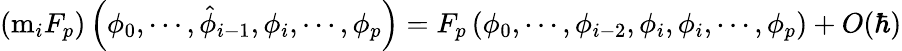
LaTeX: \left(\mathrm{m}_{i}F_{p}\right)\left(\phi_{0},\cdots,\hat{\phi}_{i-1},\phi_{i},\cdots,\phi_{p}\right)=F_{p}\left(\phi_{0},\cdots,\phi_{i-2},\phi_{i},\phi_{i},\cdots,\phi_{p}\right)+O(\hbar)